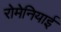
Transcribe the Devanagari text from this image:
रोमेनियाई